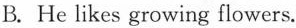
B. He likes growing flowers.